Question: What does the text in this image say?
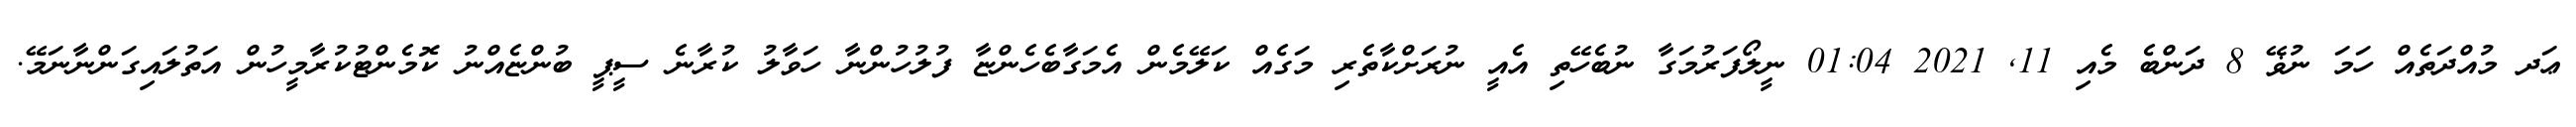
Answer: ޢަދ މުއްދަތެއް ހަމަ ނުޥޭ 8 ދަންބެ މެއި 11, 2021 01:04 ނީލޯފަރުމަގާ ނުބެހޭތި އެއީ ނުރަށްކާތެރި މަގެއް ކަލޭމެން އެމަގާބެހެންޏާ ފުލުހުންނާ ހަވާލު ކުރާނެ ސީޕީ ބުންޏެއްނު ކޮމެންޓުކުރާމީހުން އަތުލައިގަންނާނަމޭ.